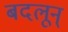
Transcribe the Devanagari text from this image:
बदलून्